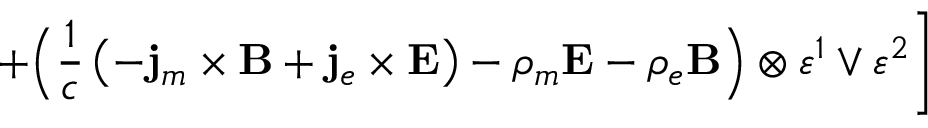
+ \Bigl ( \frac 1 c \left( - { \bf j } _ { m } \times { \bf B } + { \bf j } _ { e } \times { \bf E } \right) - \rho _ { m } { \bf E } - \rho _ { e } { \bf B } \Bigr ) \otimes \varepsilon ^ { 1 } \vee \varepsilon ^ { 2 } \Biggr ]